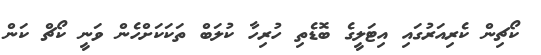
ކޯޗިން ކެރިއަރުގައި އިޓަލީގެ ބޮޑެތި ހުރިހާ ކުލަބް ތަކަކަށްހެން ވަނީ ކޯޗް ކަން